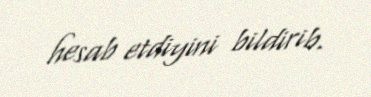
hesab etdiyini bildirib.